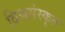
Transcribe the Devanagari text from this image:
विश्वसंस्कृत